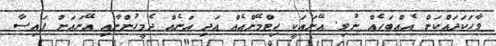
ވާހަކަދައްކަން އެއްބަހެއް ނުވި. އޭނައަކީ ހިޓްމޭންއެއް އަދި އަނެއް ދެމީހުންނާއި އޭނައަށް ފައިސާ